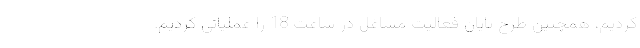
کردیم، همچنین طرح پایان فعالیت مشاغل در ساعت 18 را عملیاتی کردیم.